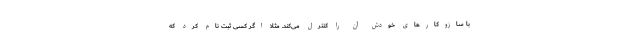
با سازوکارهای خودش آن را کنترل می‌کند. مثلاً اگر کسی ثبت نام کرد که